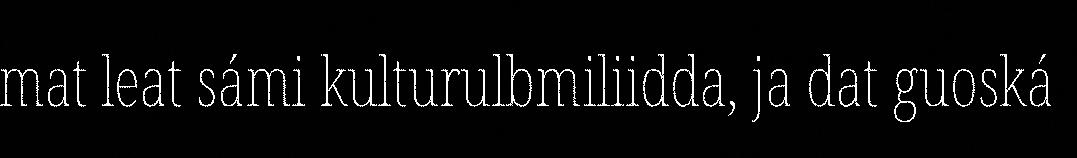
mat leat sámi kulturulbmiliidda, ja dat guoská